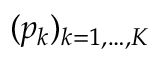
( p _ { k } ) _ { k = 1 , \dots , K }